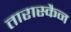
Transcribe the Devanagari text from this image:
तारास्कैन